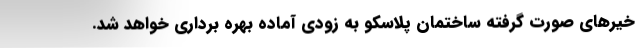
خیرهای صورت گرفته ساختمان پلاسکو به زودی آماده بهره برداری خواهد شد.